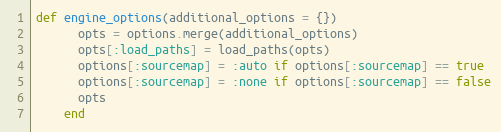
Language: Ruby
def engine_options(additional_options = {})
      opts = options.merge(additional_options)
      opts[:load_paths] = load_paths(opts)
      options[:sourcemap] = :auto if options[:sourcemap] == true
      options[:sourcemap] = :none if options[:sourcemap] == false
      opts
    end